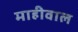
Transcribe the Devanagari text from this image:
माहीवाल